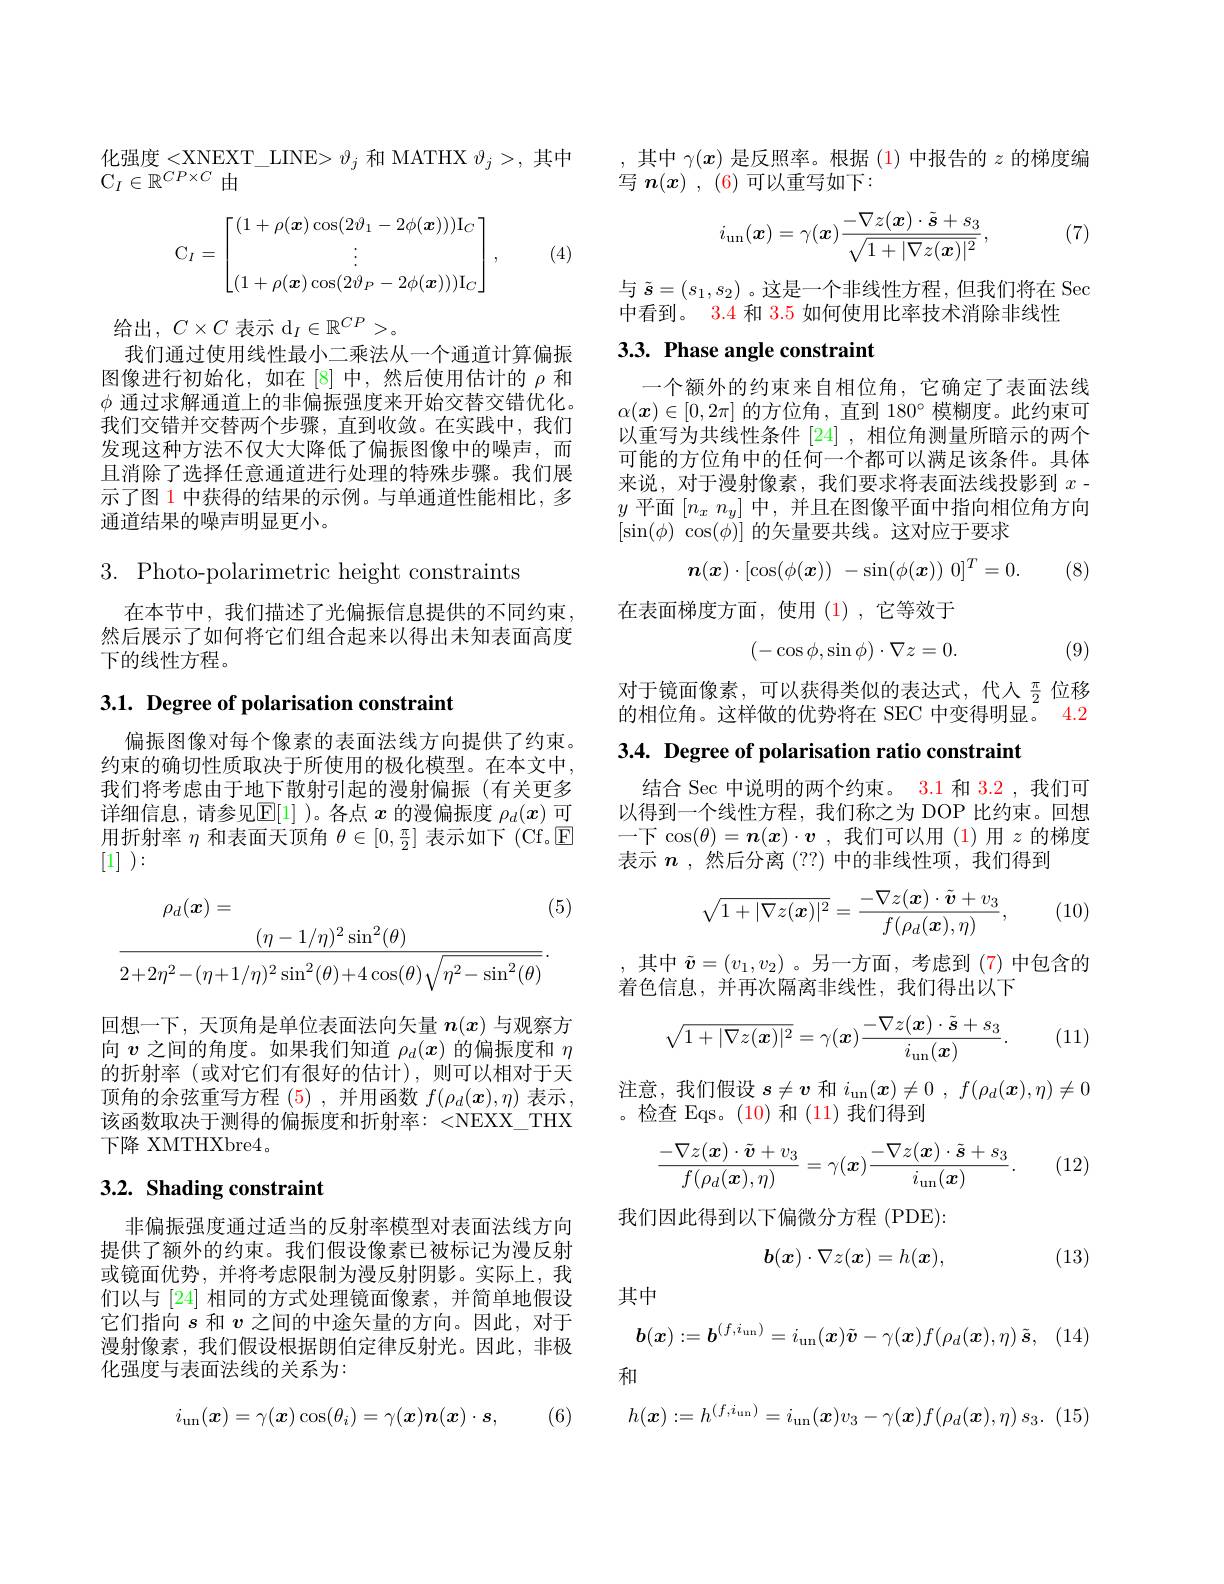
$\begin{array}{l}\text{化强度 <XNEXT\_LINE> }\vartheta_{j}\text{ 和 MATHX }\vartheta_{j}>,\text{ 其中}\\\mathrm{C}_{I}\in\mathbb{R}^{CP\times C}\text{ 由}\end{array}$

(4)
$$\mathrm C_I=\begin{bmatrix}(1+\rho(\boldsymbol x)\cos(2\vartheta_1-2\phi(\boldsymbol x)))\mathrm I_C\\\vdots\\(1+\rho(\boldsymbol x)\cos(2\vartheta_P-2\phi(\boldsymbol x)))\mathrm I_C\end{bmatrix},$$
给出$,C\times C\text{ 表示 d}_I\in\mathbb{R}^{CP}>$。
我们通过使用线性最小二乘法从一个通道计算偏振图像进行初始化，如在[8]中，然后使用估计的$\rho$和$\phi$通过求解通道上的非偏振强度来开始交替交错优化。我们交错并交替两个步骤，直到收敛。在实践中，我们发现这种方法不仅大大降低了偏振图像中的噪声，而且消除了选择任意通道进行处理的特殊步骤。我们展示了图 1 中获得的结果的示例。与单通道性能相比，多通道结果的噪声明显更小。

$3.{\mathrm{~Photo-polarimetric~height~constraints}}$

在本节中，我们描述了光偏振信息提供的不同约束， 然后展示了如何将它们组合起来以得出未知表面高度下的线性方程。

## 3.1. Degree of polarisation constraint

偏振图像对每个像素的表面法线方向提供了约束。约束的确切性质取决于所使用的极化模型。在本文中我们将考虑由于地下散射引起的漫射偏振(有关更多详细信息，请参见$\mathbb{E}[1]$ )。各点$x$的漫偏振度$\rho_d(x)$可用折射率$\eta$和表面天顶角$\theta\in[0,\frac\pi2]$表示如下 (Cf.回[1] ):
$$\rho_{d}(\boldsymbol{x})=\\(\eta-1/\eta)^2\sin^2(\theta)\\\frac{(\eta-1/\eta)^2\sin^2(\theta)}{2+2\eta^2-(\eta+1/\eta)^2\sin^2(\theta)+4\cos(\theta)\sqrt{\eta^2-\sin^2(\theta)}}.$$
回想一下，天顶角是单位表面法向矢量$n(x)$与观察方向$v$之间的角度。如果我们知道$\rho_d(x)$的偏振度和$\eta$ 的折射率(或对它们有很好的估计),则可以相对于天顶角的余弦重写方程 (5),并用函数$f(\rho_d(\boldsymbol{x}),\eta)$表示， 该函数取决于测得的偏振度和折射率：<NEXX_THX 下降 XMTHXbre4。

## 3.2. Shading constraint

非偏振强度通过适当的反射率模型对表面法线方向提供了额外的约束。我们假设像素已被标记为漫反射或镜面优势，并将考虑限制为漫反射阴影。实际上，我们以与 [24] 相同的方式处理镜面像素，并简单地假设它们指向$s$和$v$之间的中途矢量的方向。因此，对于漫射像素，我们假设根据朗伯定律反射光。因此，非极化强度与表面法线的关系为：

(6)
$$i_\mathrm{un}(\boldsymbol{x})=\gamma(\boldsymbol{x})\cos(\theta_i)=\gamma(\boldsymbol{x})\boldsymbol{n}(\boldsymbol{x})\cdot\boldsymbol{s},$$
,其中$\gamma(x)$是反照率。根据(1)中报告的$z$的梯度编
写$\boldsymbol{n}(x),(6)$可以重写如下：

(7)
$$i_{\mathrm{un}}(\boldsymbol{x})=\gamma(\boldsymbol{x})\frac{-\nabla z(\boldsymbol{x})\cdot\tilde{\boldsymbol{s}}+s_{3}}{\sqrt{1+|\nabla z(\boldsymbol{x})|^{2}}},$$
与$\tilde{\boldsymbol{s}}=(s_1,s_2)$ 。这是一个非线性方程，但我们将在 Sec
中看到。3.4 和 3.5 如何使用比率技术消除非线性

### $3. 3. \textbf{ Phase angle constraint}$

一个额外的约束来自相位角，它确定了表面法线$\alpha(\boldsymbol{x})\in[0,2\pi]$的方位角 ,直到 180° 模糊度。此约束可以重写为共线性条件[24] ,相位角测量所暗示的两个可能的方位角中的任何一个都可以满足该条件。具体来说，对于漫射像素，我们要求将表面法线投影到$x$- $y$平面$[ n_x$ $n_y]$中，并且在图像平面中指向相位角方向$[ \sin ( \phi )$ $\cos ( \phi ) ]$的矢量要共线。这对应于要求
$$n(\boldsymbol{x})\cdot[\cos(\phi(\boldsymbol{x}))\:-\sin(\phi(\boldsymbol{x}))\:0]^T=0.$$
(8)

在表面梯度方面，使用(1),它等效于
$$\begin{pmatrix}-\cos\phi,\sin\phi\end{pmatrix}\cdot\nabla z=0.$$
(9)

对于镜面像素，可以获得类似的表达式，代人$\frac\pi2$位移的相位角。这样做的优势将在 SEC 中变得明显。4.2

$3. 4. \textbf{ Degree of polarisation ratio constraint}$

结合 Sec 中说明的两个约束。3.1 和 3.2 ,我们可以得到一个线性方程，我们称之为 DOP 比约束。回想一下$\cos(\theta)=\boldsymbol{n}(\boldsymbol{x})\cdot\boldsymbol{v}$ ,我们可以用 (1)用$z$的梯度表示$n$ ,然后分离 (??) 中的非线性项，我们得到

(10)
$$\sqrt{1+|\nabla z(\boldsymbol{x})|^2}=\frac{-\nabla z(\boldsymbol{x})\cdot\tilde{\boldsymbol{v}}+v_3}{f(\rho_d(\boldsymbol{x}),\eta)},$$
,其中$\tilde{\boldsymbol{v}}=(v_1,v_2)$ 。另一方面，考虑到 (7)中包含的
着色信息，并再次隔离非线性，我们得出以下
$$\sqrt{1+|\nabla z(\boldsymbol{x})|^2}=\gamma(\boldsymbol{x})\frac{-\nabla z(\boldsymbol{x})\cdot\tilde{\boldsymbol{s}}+s_3}{i_{\mathrm{un}}(\boldsymbol{x})}.$$
(11)

注意，我们假设$s\neq\boldsymbol v$和$i_\mathrm{un}(\boldsymbol{x})\neq0,f(\rho_d(\boldsymbol{x}),\eta)\neq0$
。检查 Eqs。(10) 和 (11) 我们得到
$$\frac{-\nabla z(\boldsymbol{x})\cdot\tilde{\boldsymbol{v}}+v_3}{f(\rho_d(\boldsymbol{x}),\eta)}=\gamma(\boldsymbol{x})\frac{-\nabla z(\boldsymbol{x})\cdot\tilde{\boldsymbol{s}}+s_3}{i_{\mathrm{un}}(\boldsymbol{x})}.$$
(12)

我们因此得到以下偏微分方程 (PDE):
$$b(\boldsymbol{x})\cdot\nabla z(\boldsymbol{x})=h(\boldsymbol{x}),$$
(13)

其中
$$\boldsymbol{b(x)}:=\boldsymbol{b^{(f,i_{\mathrm{un}})}}=i_{\mathrm{un}}(\boldsymbol{x})\tilde{\boldsymbol{v}}-\gamma(\boldsymbol{x})f(\rho_{d}(\boldsymbol{x}),\eta)\:\tilde{\boldsymbol{s}},$$
和
$$h(\boldsymbol{x}):=h^{(f,i_{\mathrm{un}})}=i_{\mathrm{un}}(\boldsymbol{x})v_{3}-\gamma(\boldsymbol{x})f(\rho_{d}(\boldsymbol{x}),\eta)\:s_{3}.$$